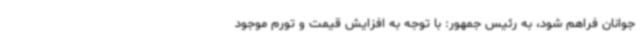
جوانان فراهم شود، به رئیس جمهور: با توجه به افزایش قیمت و تورم موجود